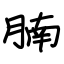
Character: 腩